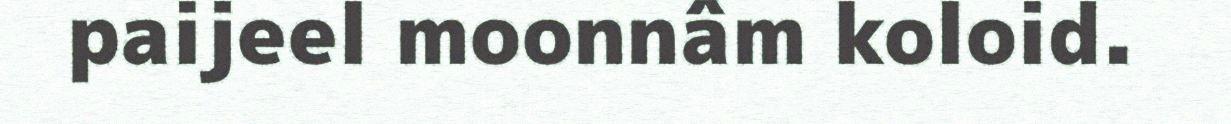
paijeel moonnâm koloid.